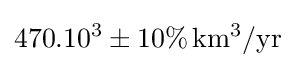
470.10^{3}\pm 10\%\,\mathrm {km^{3}/yr}